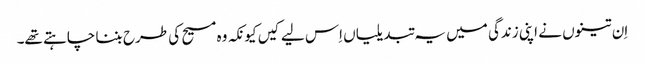
‏ اِن تینوں نے اپنی زندگی میں یہ تبدیلیاں اِس لیے کیں کیونکہ وہ مسیح کی طرح بننا چاہتے تھے۔